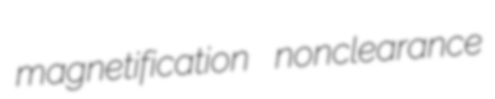
magnetification nonclearance